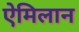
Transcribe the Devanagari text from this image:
ऐमिलान